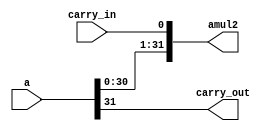
//======================================================================
//
// shl32.v
// -------
// 32bit left shift with carry in / carry out
//
//
// Copyright (c) 2015, NORDUnet A/S All rights reserved.
//
// Redistribution and use in source and binary forms, with or without
// modification, are permitted provided that the following conditions are
// met:
// - Redistributions of source code must retain the above copyright notice,
//   this list of conditions and the following disclaimer.
//
// - Redistributions in binary form must reproduce the above copyright
//   notice, this list of conditions and the following disclaimer in the
//   documentation and/or other materials provided with the distribution.
//
// - Neither the name of the NORDUnet nor the names of its contributors may
//   be used to endorse or promote products derived from this software
//   without specific prior written permission.
//
// THIS SOFTWARE IS PROVIDED BY THE COPYRIGHT HOLDERS AND CONTRIBUTORS "AS
// IS" AND ANY EXPRESS OR IMPLIED WARRANTIES, INCLUDING, BUT NOT LIMITED
// TO, THE IMPLIED WARRANTIES OF MERCHANTABILITY AND FITNESS FOR A
// PARTICULAR PURPOSE ARE DISCLAIMED. IN NO EVENT SHALL THE COPYRIGHT
// HOLDER OR CONTRIBUTORS BE LIABLE FOR ANY DIRECT, INDIRECT, INCIDENTAL,
// SPECIAL, EXEMPLARY, OR CONSEQUENTIAL DAMAGES (INCLUDING, BUT NOT LIMITED
// TO, PROCUREMENT OF SUBSTITUTE GOODS OR SERVICES; LOSS OF USE, DATA, OR
// PROFITS; OR BUSINESS INTERRUPTION) HOWEVER CAUSED AND ON ANY THEORY OF
// LIABILITY, WHETHER IN CONTRACT, STRICT LIABILITY, OR TORT (INCLUDING
// NEGLIGENCE OR OTHERWISE) ARISING IN ANY WAY OUT OF THE USE OF THIS
// SOFTWARE, EVEN IF ADVISED OF THE POSSIBILITY OF SUCH DAMAGE.
//
//======================================================================

module shl32(
             input  wire [31 : 0] a,
             input  wire          carry_in,
             output wire [31 : 0] amul2,
             output wire          carry_out
            );

   assign amul2     = {a[30 : 0], carry_in};
   assign carry_out = a[31];

endmodule // shl32

//======================================================================
// EOF shl32.v
//======================================================================